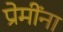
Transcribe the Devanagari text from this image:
प्रेमींना